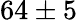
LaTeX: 64\pm 5